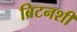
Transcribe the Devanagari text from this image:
ब्रिटनशी